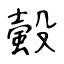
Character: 𧏚